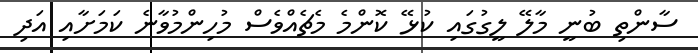
ސާންތި ބުނީ މާލޭ ލީގުގައި ކުޅޭ ކޮންމެ މެޗެއްވެސް މުހިންމުވާނެ ކަމަށާއި އަދި